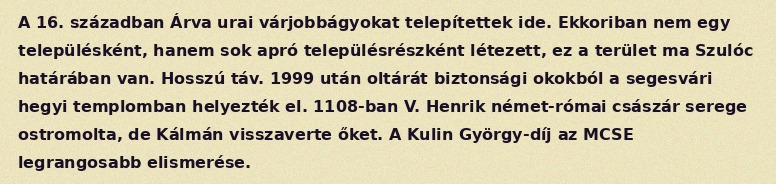
A 16. században Árva urai várjobbágyokat telepítettek ide. Ekkoriban nem egy településként, hanem sok apró településrészként létezett, ez a terület ma Szulóc határában van. Hosszú táv. 1999 után oltárát biztonsági okokból a segesvári hegyi templomban helyezték el. 1108-ban V. Henrik német-római császár serege ostromolta, de Kálmán visszaverte őket. A Kulin György-díj az MCSE legrangosabb elismerése.